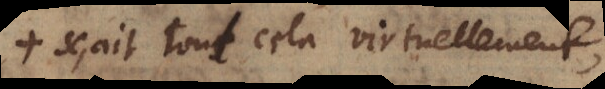
sçait tout cela virtuellement,